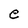
Character: e